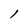
Character: l